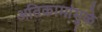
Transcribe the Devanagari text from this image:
अतिकामांमुळे